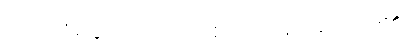
အတိုးငွေ ၆၀ ကျပ် စတင်ပေးရလေ၏။